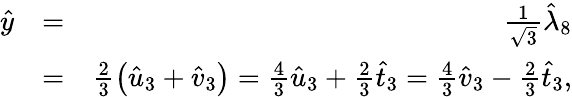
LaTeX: \begin{array}{rlr}{\hat{y}}&{=}&{\frac{1}{\sqrt{3}}\hat{\lambda}_{8}}\\ &{=}&{\frac{2}{3}\left(\hat{u}_{3}+\hat{v}_{3}\right)=\frac{4}{3}\hat{u}_{3}+\frac{2}{3}\hat{t}_{3}=\frac{4}{3}\hat{v}_{3}-\frac{2}{3}\hat{t}_{3},}\end{array}